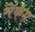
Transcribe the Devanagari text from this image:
मेंकम